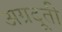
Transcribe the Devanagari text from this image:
अग्रदूती